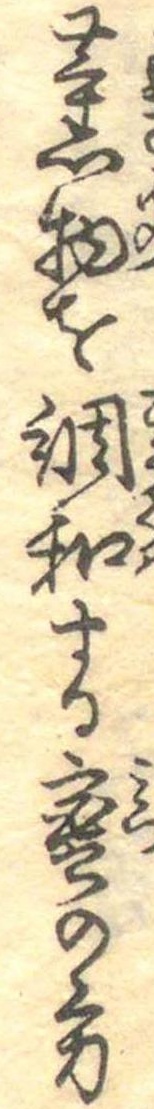
薫物を調和する蜜の方